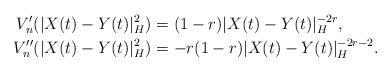
LaTeX: \begin{align*}V_n'(|X(t)-Y(t)|_H^2)&=(1-r)|X(t)-Y(t)|_H^{-2r}, \\V_n''(|X(t)-Y(t)|_H^2)&=-r(1-r)|X(t)-Y(t)|_H^{-2r-2}.\end{align*}